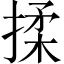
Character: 揉